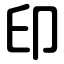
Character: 印